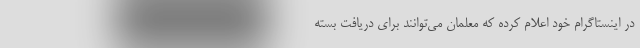
در اینستاگرام خود اعلام کرده که معلمان می‌توانند برای دریافت بسته